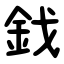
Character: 鈛